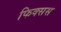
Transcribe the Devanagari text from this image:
फिक्सस